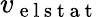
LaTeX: v_{\mathrm{~e~l~s~t~a~t~}}